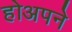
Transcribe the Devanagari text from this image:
होअपने